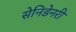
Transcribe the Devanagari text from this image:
सेनिडेनरी